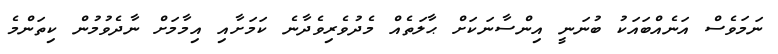
ނަމަވެސް އަނެއްބައަކު ބުނަނީ އިންސާނަކަށް ޙާލަތެއް މެދުވެރިވެދާނެ ކަަމަށާއި އިމާމަށް ނާދެވުމުން ކިތަންމެ